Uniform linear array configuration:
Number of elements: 4
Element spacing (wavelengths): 1
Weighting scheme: hamming
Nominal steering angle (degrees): -60
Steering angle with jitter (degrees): -61.229
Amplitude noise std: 0.05
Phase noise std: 0.05

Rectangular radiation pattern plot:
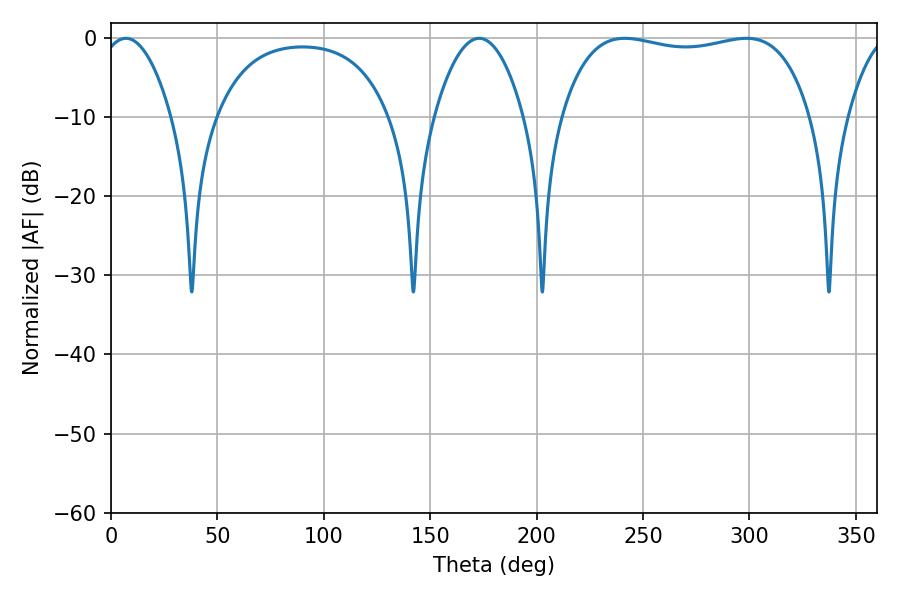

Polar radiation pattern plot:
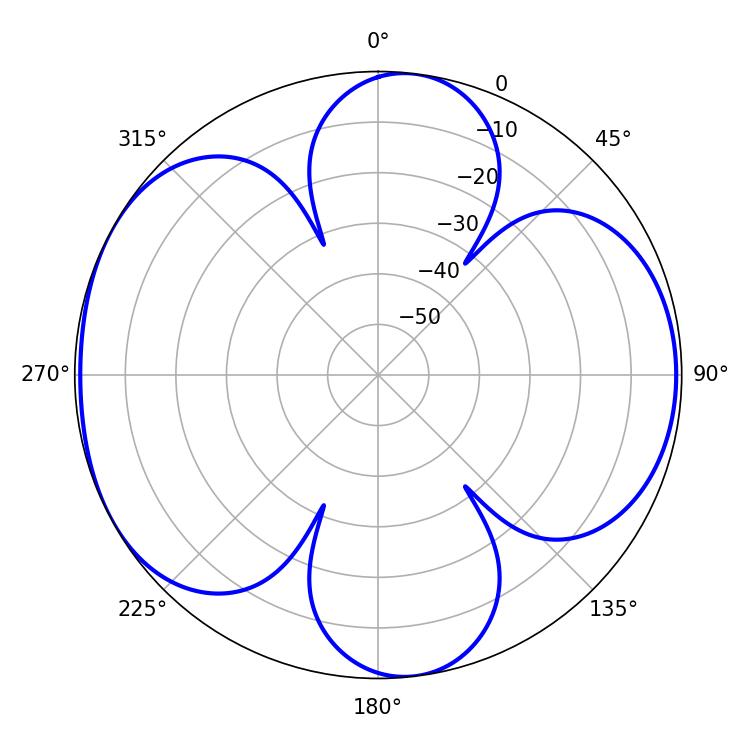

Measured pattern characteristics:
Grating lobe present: TRUE
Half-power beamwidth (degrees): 94.32
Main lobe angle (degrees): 241.38